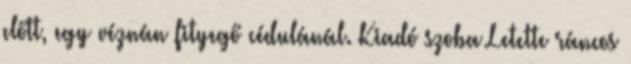
előtt, egy véznán fityegő cédulánál. Kiadó szoba Letette ráncos